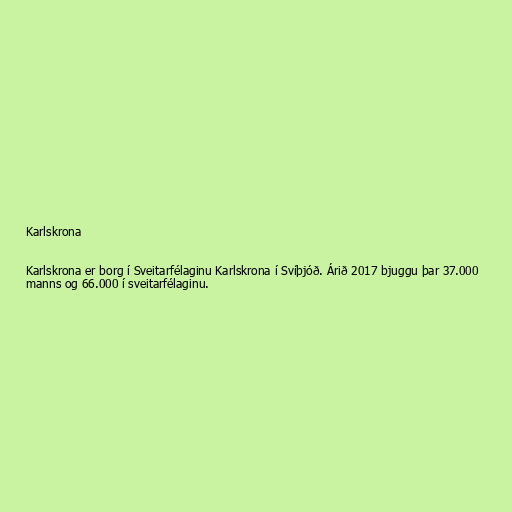
Karlskrona

Karlskrona er borg í Sveitarfélaginu Karlskrona í Svíþjóð. Árið 2017 bjuggu þar 37.000
manns og 66.000 í sveitarfélaginu.